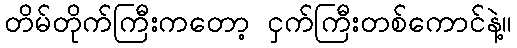
တိမ်တိုက်ကြီးကတော့ ငှက်ကြီးတစ်ကောင်နဲ့။